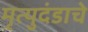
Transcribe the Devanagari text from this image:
मृत्युदंडाचे